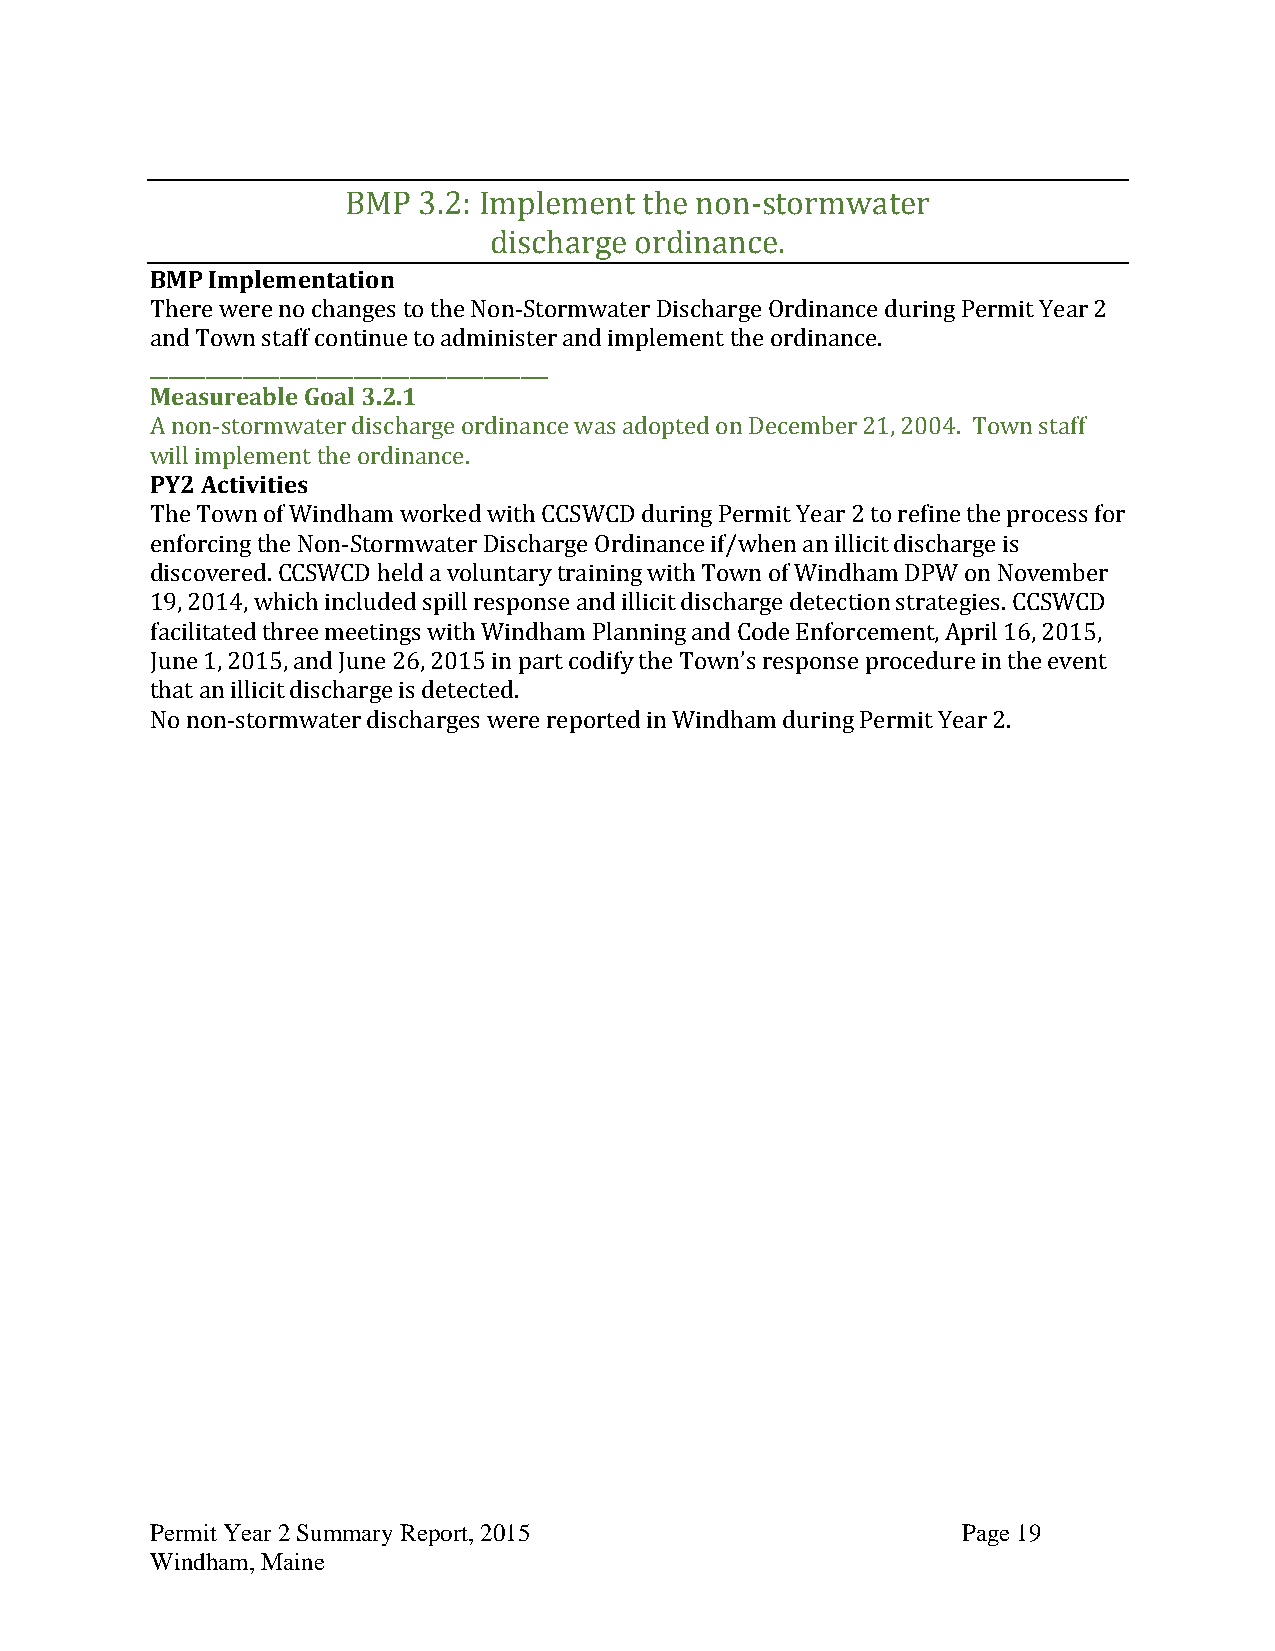
BMP  3.2: Implement the non-stormwater
 discharge ordinance.
 BMP Implementation
 There were no changes to the Non-Stormwater Discharge Ordinance during Permit Year 2
 and Town staff continue to administer and implement the ordinance.
 ___________________________________________
 Measureable Goal 3.2.1
 A non-stormwater discharge ordinance was adopted on December 21, 2004. Town staff
 will implement the ordinance.
 PY2 Activities
 The Town of Windham worked with CCSWCD during Permit Year 2 to refine the process for
 enforcing the Non-Stormwater Discharge Ordinance if/when an illicit discharge is
 discovered. CCSWCD held a voluntary training with Town of Windham DPW on November
 19, 2014, which included spill response and illicit discharge detection strategies. CCSWCD
 facilitated three meetings with Windham Planning and Code Enforcement, April 16, 2015,
 June 1, 2015, and June 26, 2015 in part codify the Town’s response procedure in the event
 that an illicit discharge is detected.
 No non-stormwater discharges were reported in Windham during Permit Year 2.
 Permit Year 2 Summary Report, 2015                    Page 19
 Windham, Maine